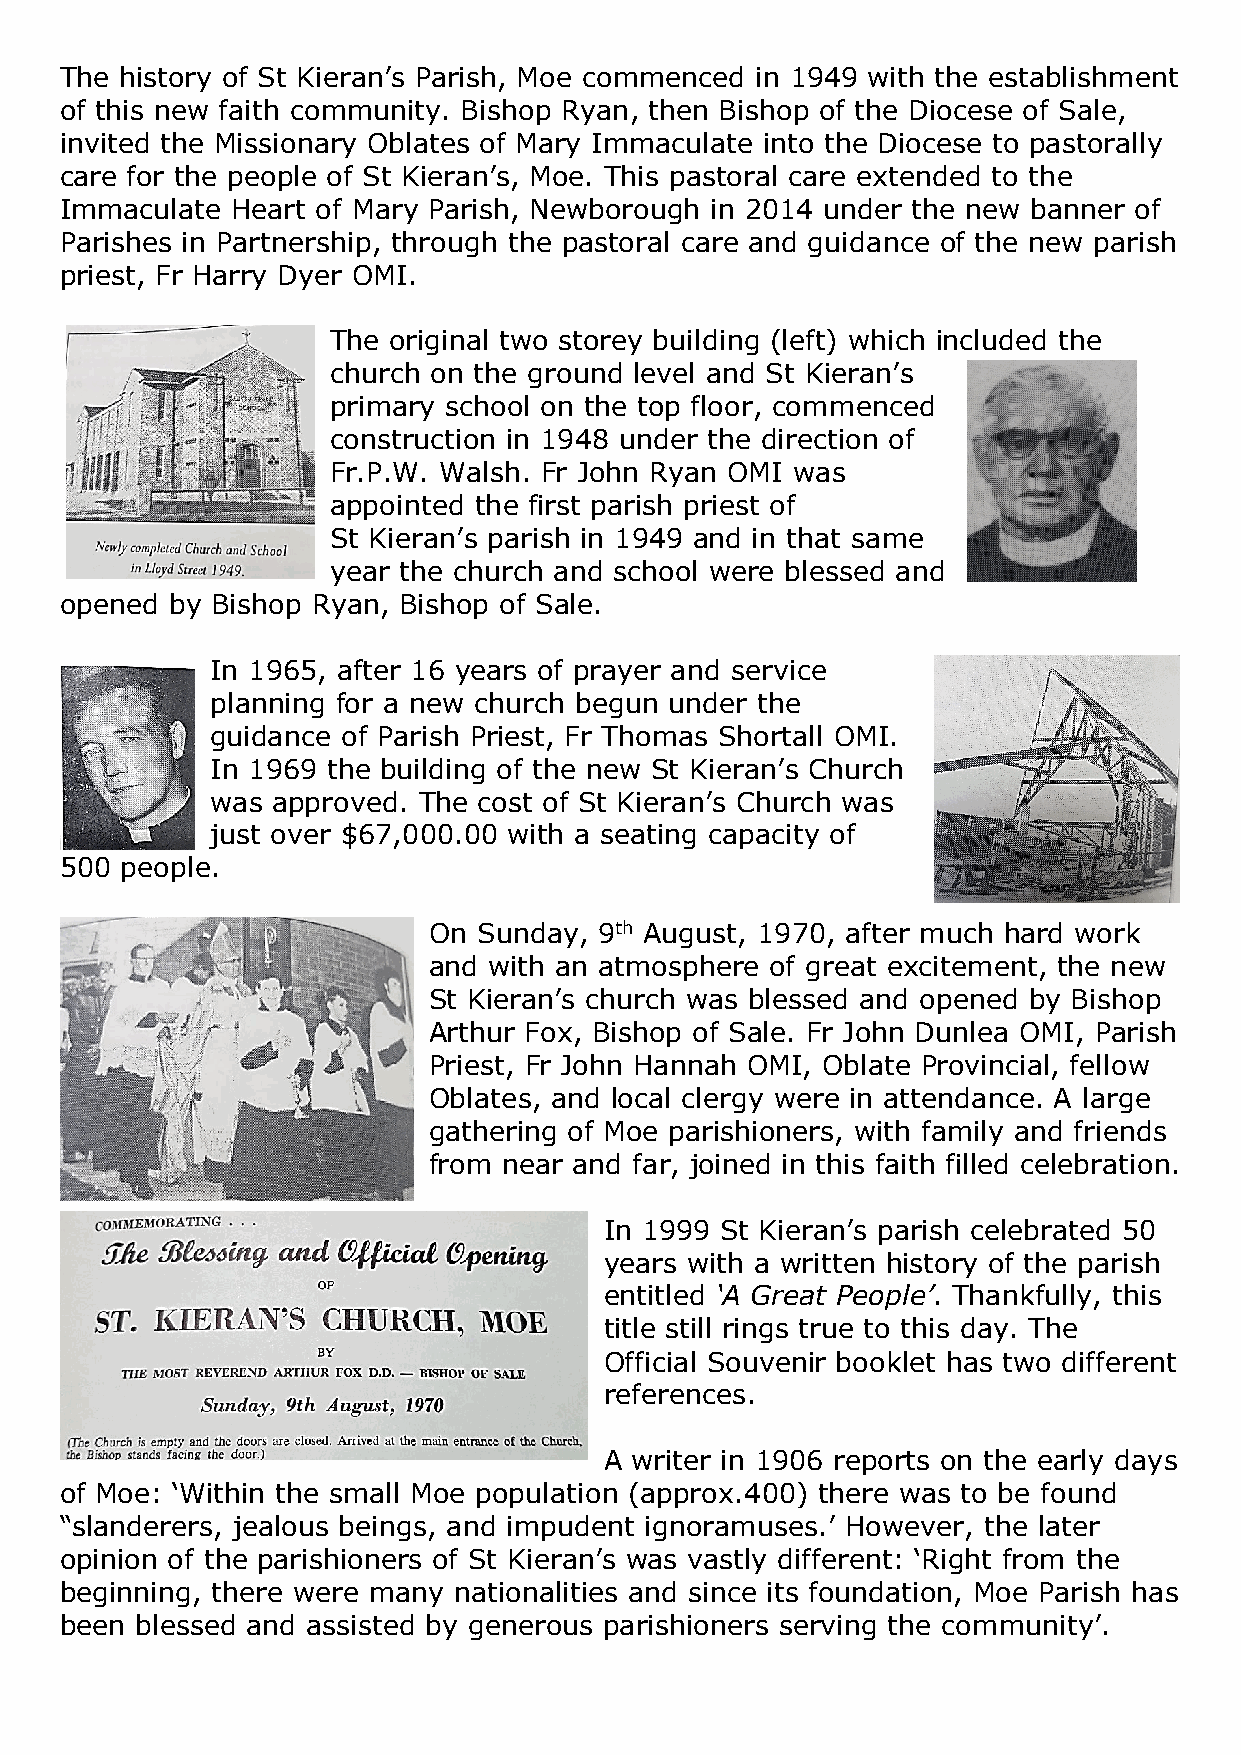
The history of St Kieran’s Parish, Moe commenced in 1949 with the establishment
 of this new faith community. Bishop Ryan, then Bishop of the Diocese of Sale,
 invited the Missionary Oblates of Mary Immaculate into the Diocese to pastorally
 care for the people of St Kieran’s, Moe. This pastoral care extended to the
 Immaculate Heart of Mary Parish, Newborough in 2014 under the new banner of
 Parishes in Partnership, through the pastoral care and guidance of the new parish
 priest, Fr Harry Dyer OMI.
 The original two storey building (left) which included the
 church on the ground level and St Kieran’s
 primary school on the top floor, commenced
 construction in 1948 under the direction of
 Fr.P.W. Walsh. Fr John Ryan OMI was
 appointed the first parish priest of
 St Kieran’s parish in 1949 and in that same
 year the church and school were blessed and
 opened by Bishop Ryan, Bishop of Sale.
 In 1965, after 16 years of prayer and service
 planning for a new church begun under the
 guidance of Parish Priest, Fr Thomas Shortall OMI.
 In 1969 the building of the new St Kieran’s Church
 was approved. The cost of St Kieran’s Church was
 just over $67,000.00 with a seating capacity of
 500 people.
 On  Sunday, 9th August, 1970, after much hard work
 and with an atmosphere of great excitement, the new
 St Kieran’s church was blessed and opened by Bishop
 Arthur Fox, Bishop of Sale. Fr John Dunlea OMI, Parish
 Priest, Fr John Hannah OMI, Oblate Provincial, fellow
 Oblates, and local clergy were in attendance. A large
 gathering of Moe parishioners, with family and friends
 from near and far, joined in this faith filled celebration.
 In 1999 St Kieran’s parish celebrated 50
 years with a written history of the parish
 entitled ‘A Great People’. Thankfully, this
 title still rings true to this day. The
 Official Souvenir booklet has two different
 references.
 A writer in 1906 reports on the early days
 of Moe: ‘Within the small Moe population (approx.400) there was to be found
 “slanderers, jealous beings, and impudent ignoramuses.’ However, the later
 opinion of the parishioners of St Kieran’s was vastly different: ‘Right from the
 beginning, there were many nationalities and since its foundation, Moe Parish has
 been blessed and assisted by generous parishioners serving the community’.